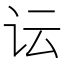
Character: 𲂄